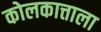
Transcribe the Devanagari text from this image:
कोलकात्ताला